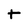
Character: t